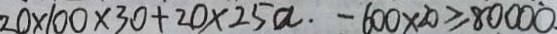
2 0 \times 1 0 0 \times 3 0 + 2 0 \times 2 5 a . - 6 0 0 \times 2 0 \geq 8 0 0 0 0